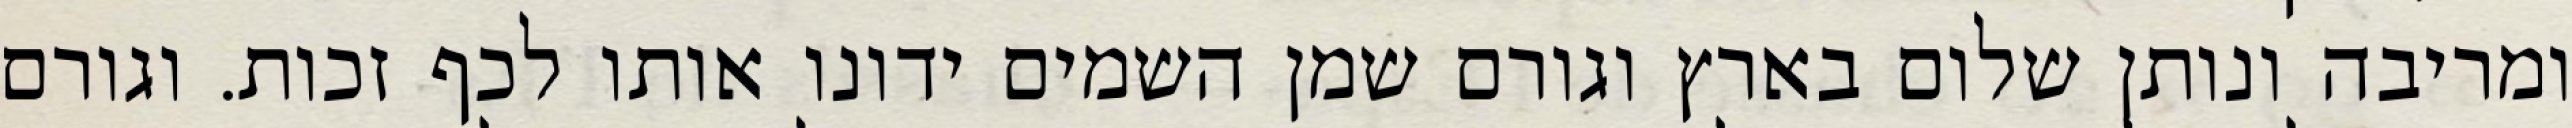
ומריבה ונותן שלום בארץ וגורם שמן השמים ידונו אותו לכף זכות. וגורם